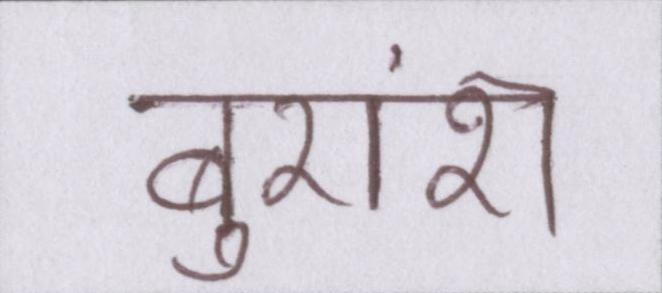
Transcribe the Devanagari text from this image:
बुरांश